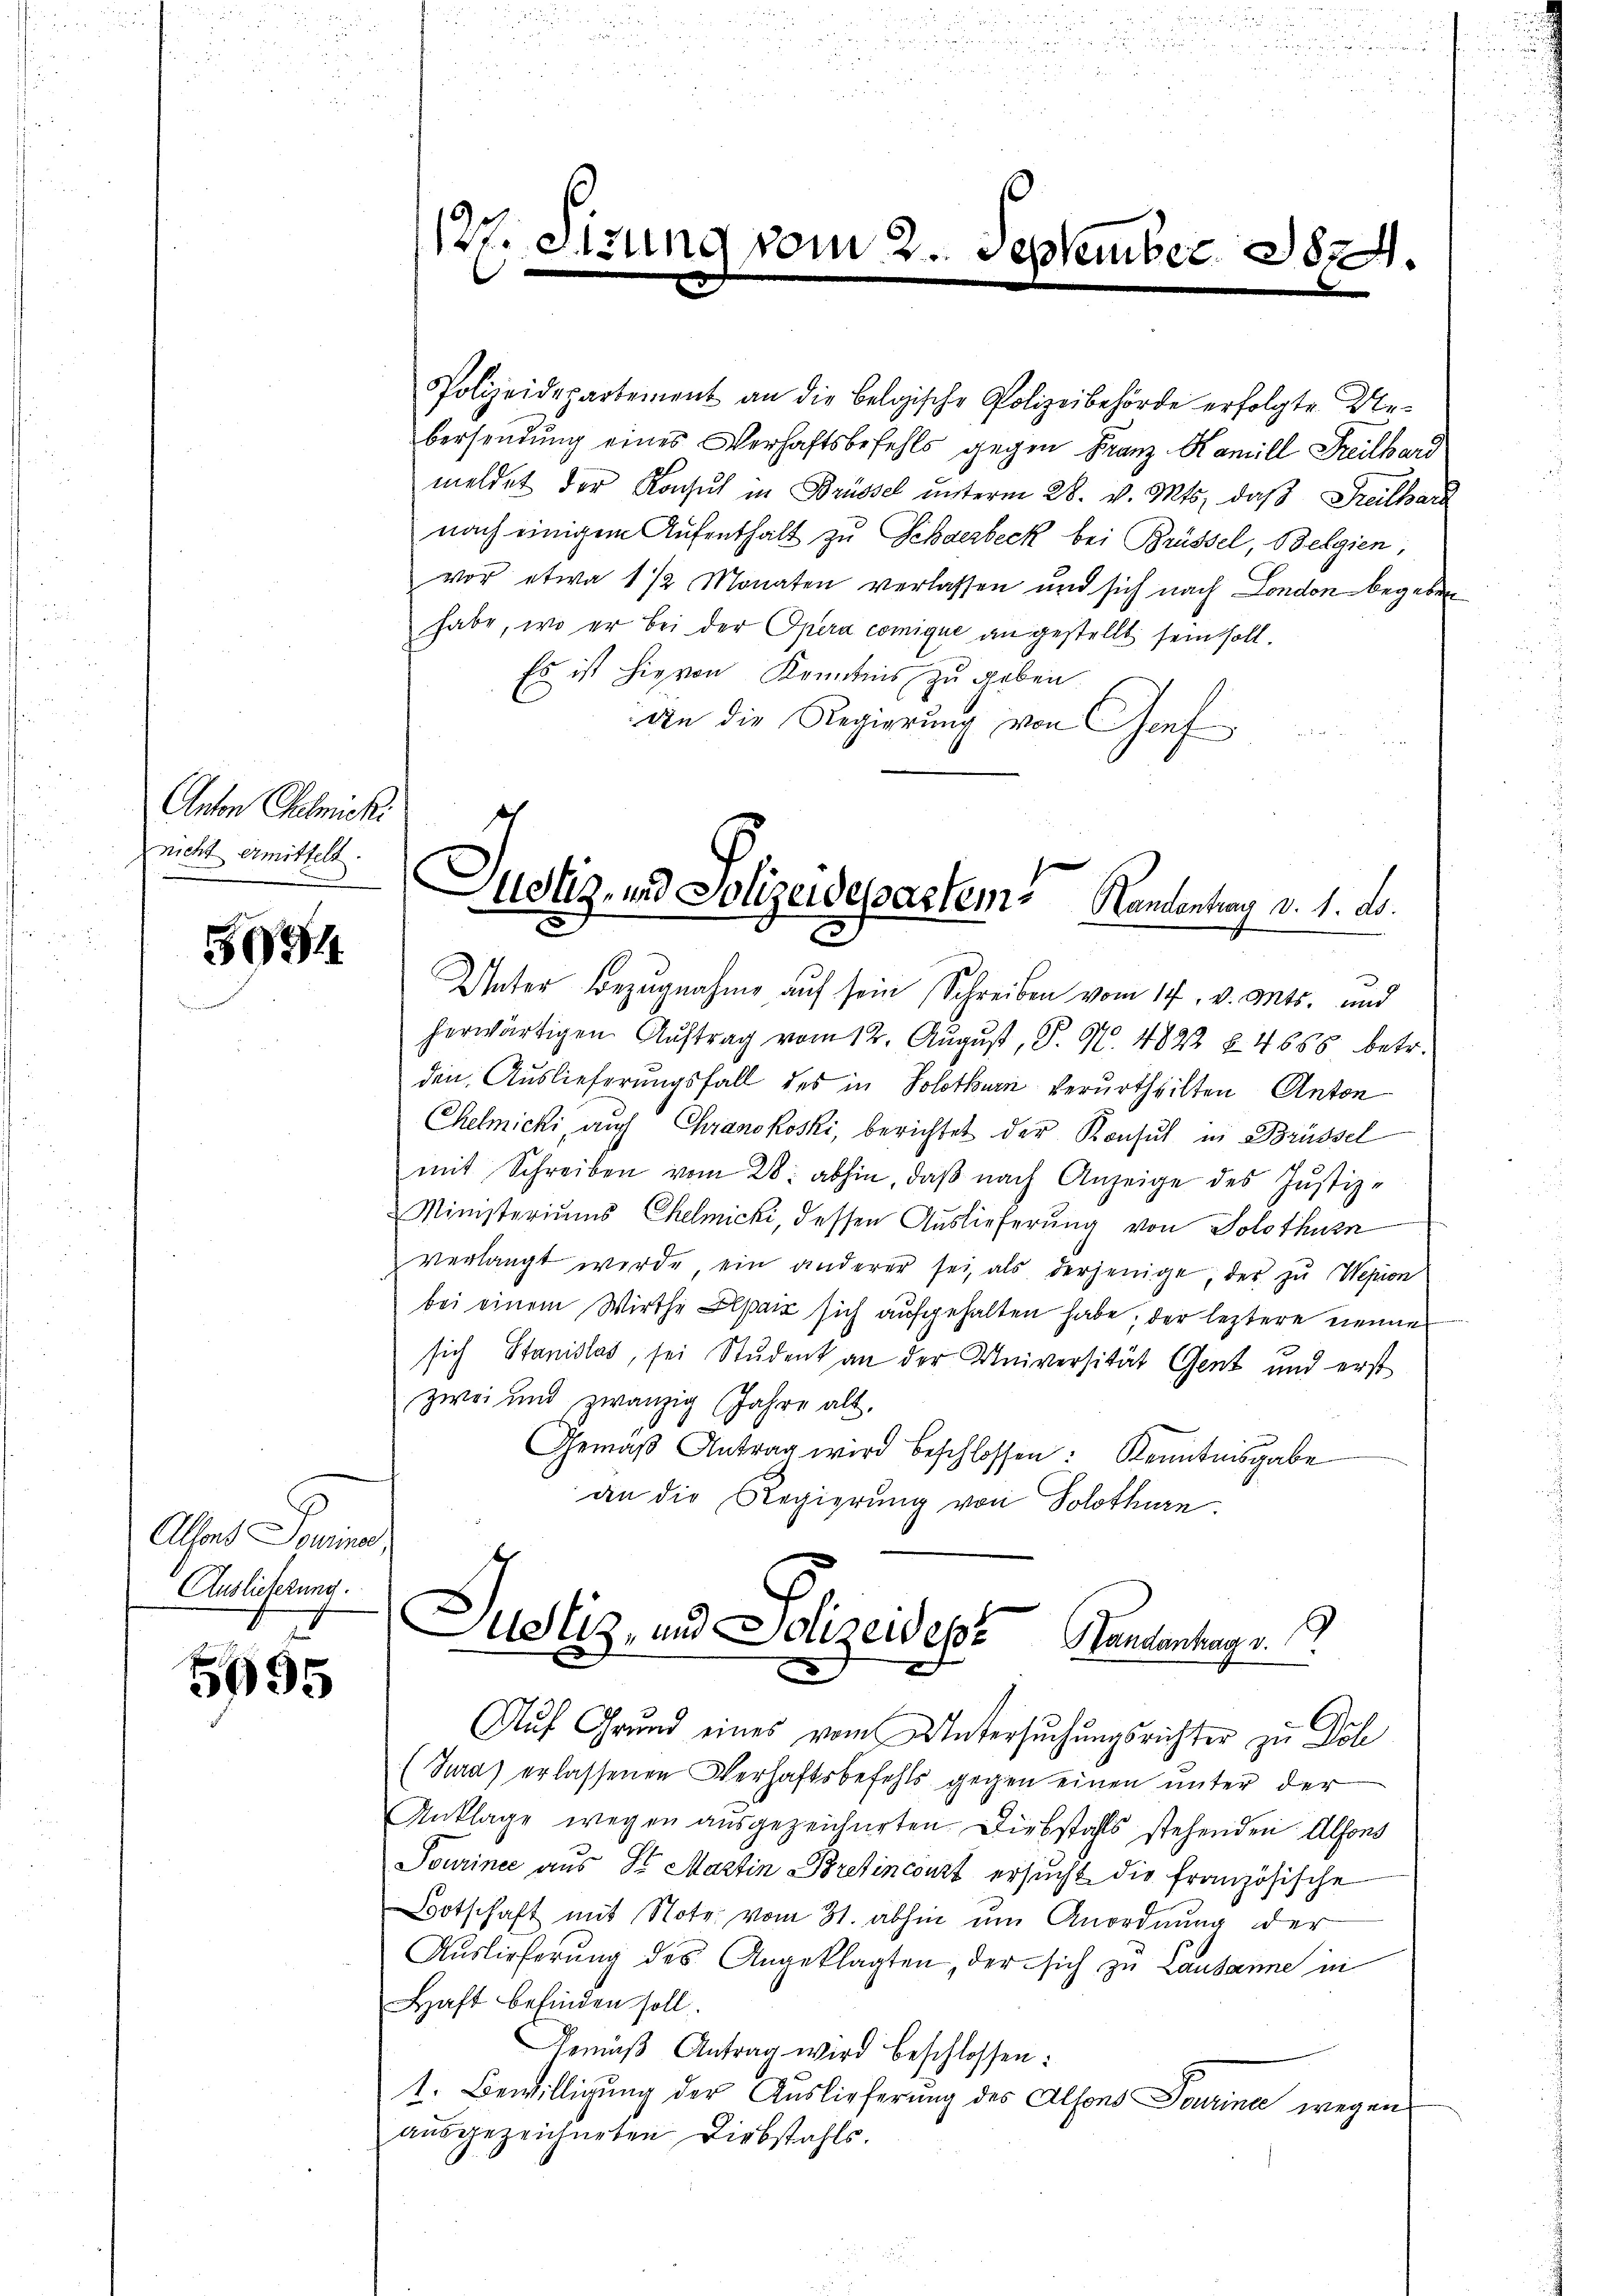
Anton Genicki
nicht ermittelt.

5094

Alsons Sousiner,
Auslicherung.
n

5995

12. Sirun

vom

September 1874.

Polizeidepartement an die Belgische Polizeibehörde erfolgte Ue-
bersendung eines Verhaftsbefehls gegen Franz Kamill Freilhard
meldet der Konsul in Brüssel unterm 28. v. Mts. daß Freithard
nach einigem Aufenthalt zu Schalerbeck bei Brüssel, Belgien,
vor etwa 1 1/2 Monaten verlassen und sich nach London begeben
habe, wo er bei der Opera comique an gestellt sein soll.
Es ist hievon Kenntnis zu geben
An die Regierung von Genf

Justiz- und Polizeidespartem Kandentens d. 1. ds.
r"
2
5

Unter Bezugnahme auf sein Schreiben vom 14. v. Mts. und
herwärtigen Auftrag vom 12. August, P. N. 4822 § 4858 betr.
den Auslieferungsfall des in Solothurn verurtheilten Anton
Chelmicki, auch Chranokoski, berichtet der Konsul in Brüssel
mit Schreiben vom 28. abhin, daβ nach Anzeige des Justiz-
MMinisteriums Chelmicki, dessen Auslieferung von Solothurn
verlangt werde, ein anderer sei, als derjenige der zu Wepion
bei einem Wirthe par sich aufgehalten habe; der leztere nenne
sich Stanislas, sei Student an der Universität Gent und erst
zwei und zwanzig Jahre alt.
Gemäβ Antrag wird beschlossen: Kenntnisgabe
an die Regierung von Solothurn

Justiz, und Polizeidepe Handentrag v.
x

Auf Grund eines vom Untersuchungsrichter zu Dol
(Jura) erlassenen Verhaftsbefehls gegen einen unter der
Anklage wegen ausgezeichneten. Diebstahls stehenden Alfons
Tourinee aus Sr Martin Bretincourt ersucht die französische
Botschaft mit Note vom 31. abhin um Anordnung der
Auslieferŭng des Angeklagten, der sich zu Lausanne in
Haft befinden soll.
Gemäβ Antrag wird beschlossen:
t. Bewilligung der Auslieferung des Alsons Turine wegen
ausgezeichneten Diebstahls.